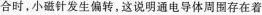
合时，小磁针发生偏转，这说明通电导体周围存在着